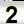
Digit: 2